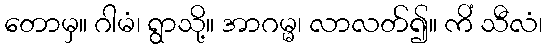
တောမှ။ ဂါမံ၊ ရွာသို့။ အာဂမ္မ၊ လာလတ်၍။ ကိံ သီလံ၊